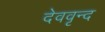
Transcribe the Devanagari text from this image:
देववृन्द